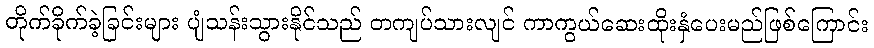
တိုက်ခိုက်ခဲ့ခြင်းများ ပျံသန်းသွားနိုင်သည် တကျပ်သားလျင် ကာကွယ်ဆေးထိုးနှံပေးမည်ဖြစ်ကြောင်း